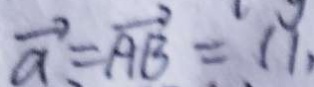
\overrightarrow { a } = \overrightarrow { A B } = 1 1 ,